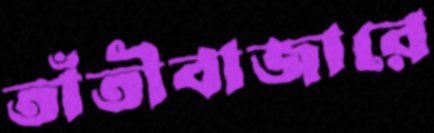
তাঁতীবাজারে